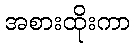
အစားထိုးကာ